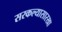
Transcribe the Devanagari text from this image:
सरकल्यासारखा